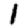
Digit: 1